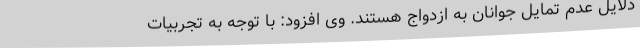
دلایل عدم تمایل جوانان به ازدواج هستند. وی افزود: با توجه به تجربیات